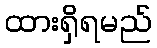
ထားရှိရမည်